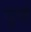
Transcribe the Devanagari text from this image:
भुःर्ण